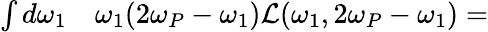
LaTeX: \begin{array}{rl}{\int d\omega_{1}}&{{}\omega_{1}(2\omega_{P}-\omega_{1})\mathcal{L}(\omega_{1},2\omega_{P}-\omega_{1})=}\end{array}